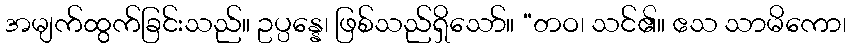
အမျက်ထွက်ခြင်းသည်။ ဥပ္ပန္နေ၊ ဖြစ်သည်ရှိသော်။ “တဝ၊ သင်၏။ ဧသ သာမိကော၊